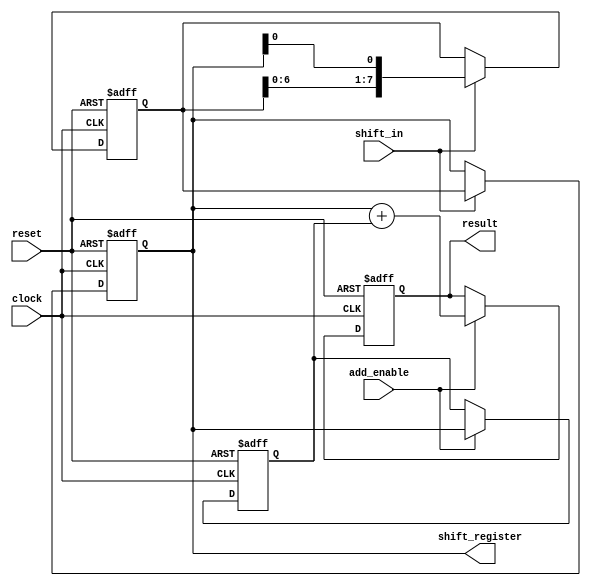
module ShiftAndAddRegister(
  input clock,
  input reset,
  input shift_in,
  input add_enable,
  output reg [7:0] shift_register,
  output reg [7:0] result
);

reg [7:0] shifted_data;
reg [7:0] shifted_out;

always @(posedge clock or posedge reset) begin
  if (reset) begin
    shift_register <= 8'b0;
    shifted_data <= 8'b0;
    shifted_out <= 8'b0;
    result <= 8'b0;
  end else begin
    if (shift_in) begin
      shifted_data <= {shifted_data[6:0], shift_register[0]};
      shift_register <= shifted_data;
    end
    if (add_enable) begin
      result <= shift_register + shifted_out;
      shifted_out <= shift_register;
    end
  end
end

endmodule